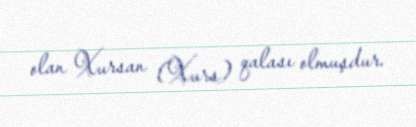
olan Xursan (Xurs) qalası olmuşdur.